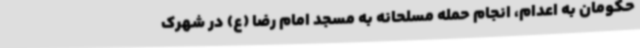
حکومان به اعدام، انجام حمله مسلحانه به مسجد امام رضا (ع) در شهرک